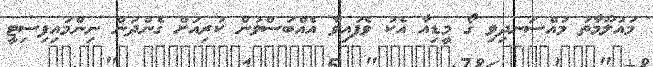
މައުލޫމާތު މުއްސަނދިވި ގޯ މީޑިއާ އެކު ވެފައިވާ އެއްބަސްވުން ކުރިއަށް ގެންދަން ނިންމައިފިސިޓީ